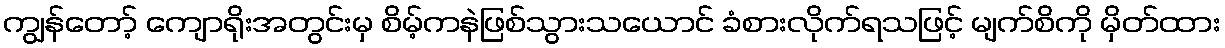
ကျွန်တော့် ကျောရိုးအတွင်းမှ စိမ့်ကနဲဖြစ်သွားသယောင် ခံစားလိုက်ရသဖြင့် မျက်စိကို မှိတ်ထား